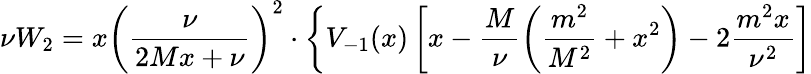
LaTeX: \nu W_{2}=x\left(\frac\nu{2Mx+\nu}\right)^{2}\cdot\left\{ V_{-1}(x)\left[x-\frac M\nu\left(\frac{m^{2}}{M^{2}}+x^{2}\right)-2\frac{m^{2}x}{\nu^{2}}\right]\right.